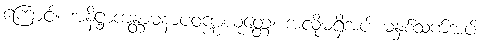
ကြောင့်။ အနိဋ္ဌာကန္တာမနာပဝဏ္ဏယုတ္တေ၊ အလိုမရှိအပ် မနှစ်သက်အပ်